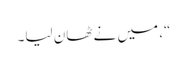
“، میں نے ٹھان لیا۔